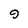
Character: 9